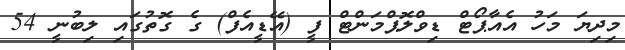
މިދިޔަ މަހު އެއާޕޯޓް ޑިވްލޮޕްމަންޓް ފީ (އޭޑީއެފް) ގެ ގޮތުގައި ލިބުނީ 54